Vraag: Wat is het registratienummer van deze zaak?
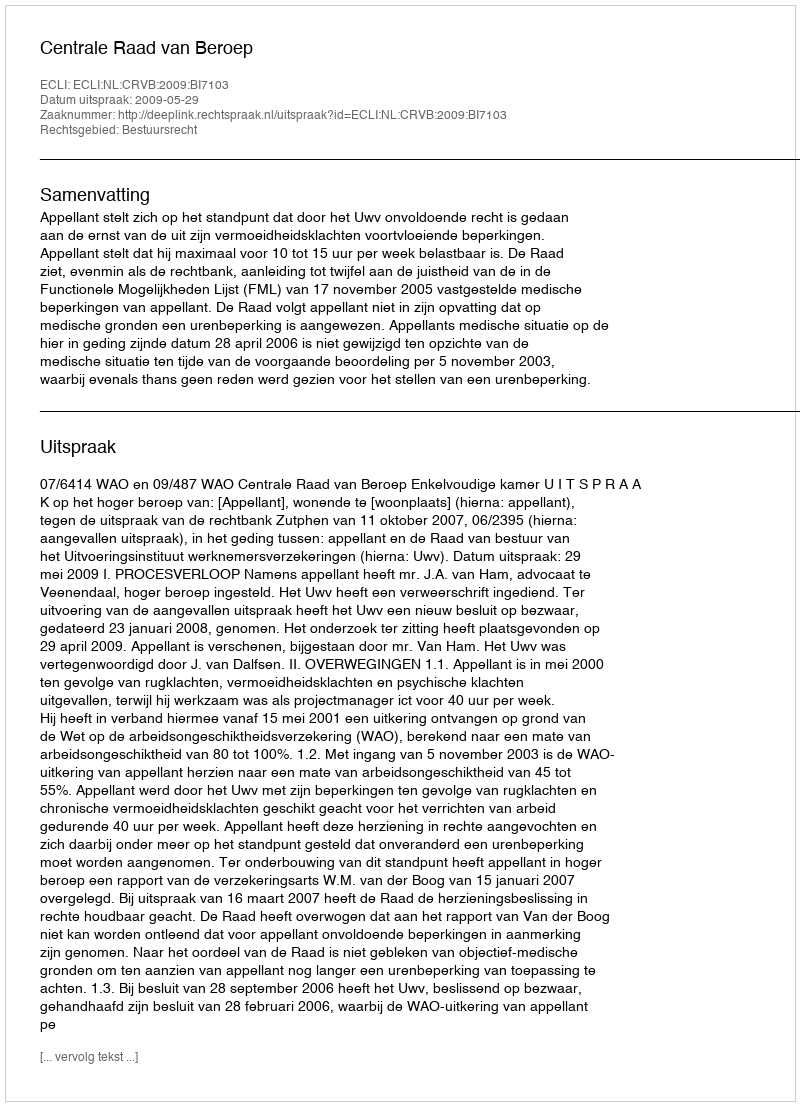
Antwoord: http://deeplink.rechtspraak.nl/uitspraak?id=ECLI:NL:CRVB:2009:BI7103